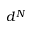
d ^ { N }